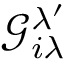
\mathcal { G } _ { i \lambda } ^ { \lambda ^ { \prime } }